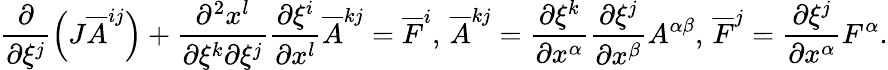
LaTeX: \frac{\partial}{\partial\xi^{j}}\left(J\overline{{A}}^{ij}\right)+\frac{\partial^{2}x^{l}}{\partial\xi^{k}\partial\xi^{j}}\frac{\partial\xi^{i}}{\partial x^{l}}\overline{{A}}^{kj}=\overline{{F}}^{i},\, \overline{{A}}^{kj}=\frac{\partial\xi^{k}}{\partial x^{\alpha}}\frac{\partial\xi^{j}}{\partial x^{\beta}}A^{\alpha\beta},\, \overline{{F}}^{j}=\frac{\partial\xi^{j}}{\partial x^{\alpha}}F^{\alpha}.